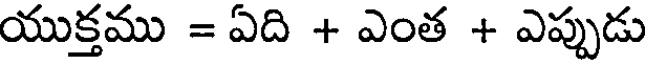
యుక్తము = ఏది + ఎంత + ఎప్పుడు